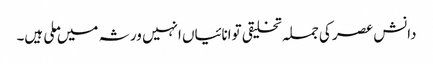
دانش عصر کی جملہ تخلیقی توانائیاں انہیں ورثہ میں ملی ہیں۔